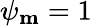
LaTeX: \psi_{\mathbf{m}}=1